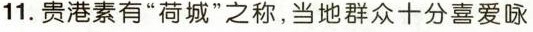
11.贵港素有”荷城”之称，当地群众十分喜爱咏